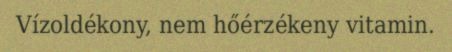
Vízoldékony, nem hőérzékeny vitamin.